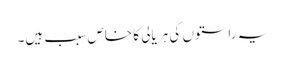
یہ راستوں کی ہریالی کا خاص سبب ہیں۔